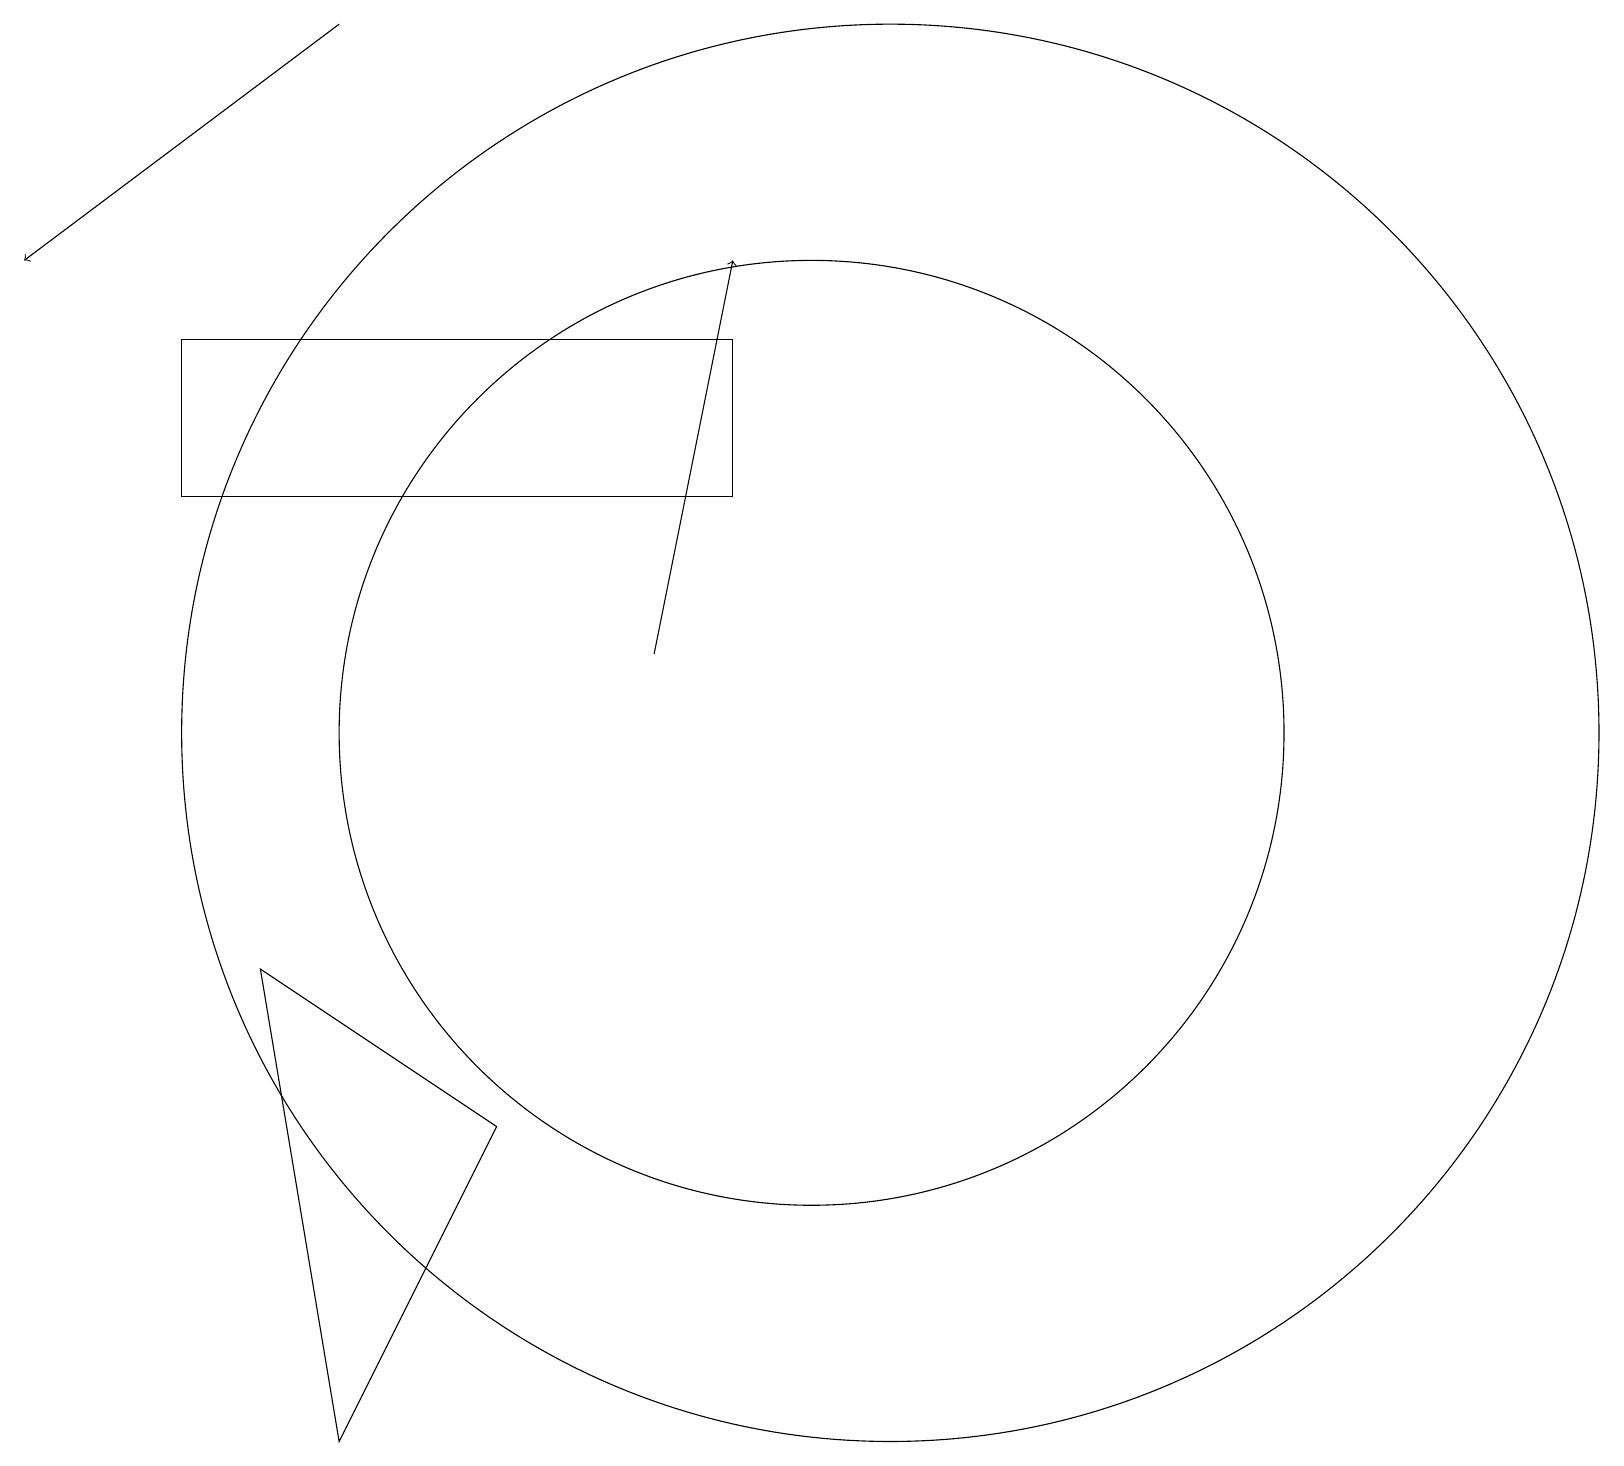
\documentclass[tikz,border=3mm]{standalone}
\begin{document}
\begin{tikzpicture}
\draw[->] (4,19) -- (0,16);
\draw (4,1) -- (6,5) -- (3,7) -- cycle;
\draw (10,10) circle (6);
\draw[->] (8,11) -- (9,16);
\draw (11,10) circle (9);
\draw (9,15) rectangle (2,13);
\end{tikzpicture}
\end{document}